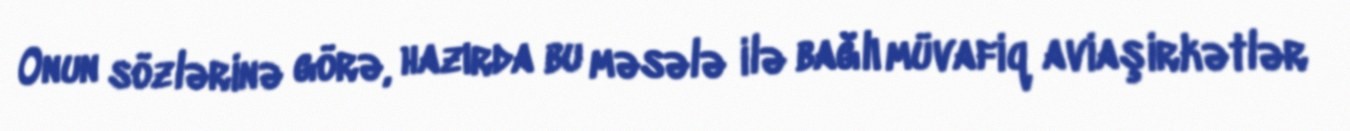
Onun sözlərinə görə, hazırda bu məsələ ilə bağlı müvafiq aviaşirkətlər